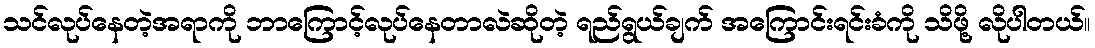
သင်လုပ်နေတဲ့အရာကို ဘာကြောင့်လုပ်နေတာလဲဆိုတဲ့ ရည်ရွယ်ချက် အကြောင်းရင်းခံကို သိဖို့ လိုပါတယ်။